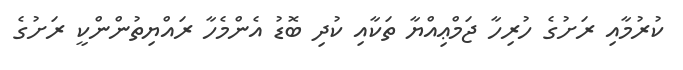
ކުރުމާއި ރަށުގެ ހުރިހާ ޖަމްޢިއްޔާ ތަކާއި ކުދި ބޮޑު އެންމެހާ ރައްޔިތުންންކީ ރަށުގެ